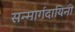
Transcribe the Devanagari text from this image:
सन्मार्गदायिनी